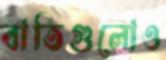
বাতিগুলোও